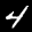
Label: 4